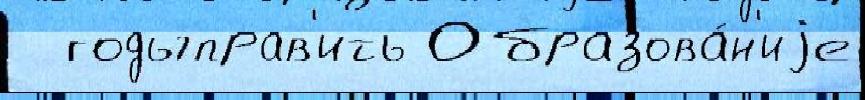
  годыправ'ить Образова́н'иjе